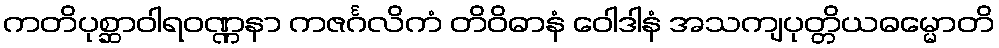
ကတိပုစ္ဆာဝါရဝဏ္ဏနာ ကဇင်္ဂလိကံ တိဝိဓာနံ ဝေါဒါနံ အသကျပုတ္တိယဓမ္မောတိ